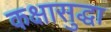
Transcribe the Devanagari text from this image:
कक्षासुद्धा